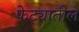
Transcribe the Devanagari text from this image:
फेट्यातील